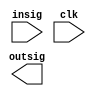
module timedkicking(insig,outsig,clk
    );
input [6:0]insig;
output outsig;
input clk;



always@(posedge clk) begin

if(insig == 6'b1111111) begin

end

//else if (insig ==





end

endmodule